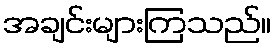
အချင်းများကြသည်။